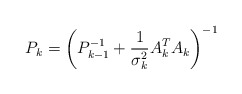
\begin{align*}P_k=\left(P_{k-1}^{-1}+\frac{1}{\sigma_k^2}A_k^TA_k\right)^{-1}\end{align*}